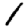
Digit: 1